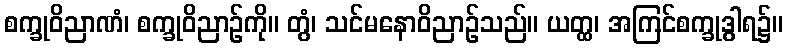
စက္ခုဝိညာဏံ၊ စက္ခုဝိညာဉ်ကို။ တွံ၊ သင်မနောဝိညာဉ်သည်။ ယတ္ထ၊ အကြင်စက္ခုဒွါရ၌။